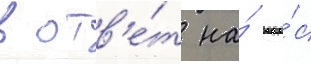
в отв'е́т на́ вопро́с